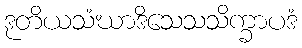
ဒုတိယသံဃာဒိသေသသိက္ခာပဒံ